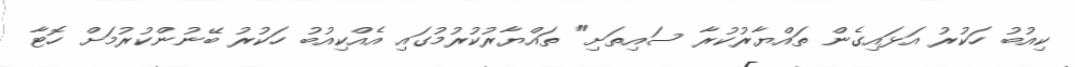
ކިއުބު ހަކުރު އަޅައިގެން ތައްޔާރުކުރާ ސައިތަށި" ތައްޔާރުކުރުމުގައި އެއްކިއުބު ހަކުރު ބޭނުންކުރުމަށް ހޮޓާ